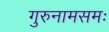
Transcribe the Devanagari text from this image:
गुरुनामसमः